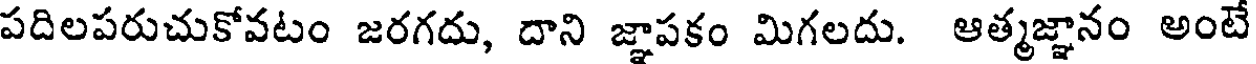
పదిలపరుచుకోవటం జరగదు, దాని జ్ఞాపకం మిగలదు. ఆత్మజ్ఞానం అంటే